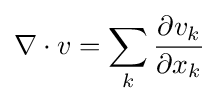
\nabla \cdot v=\sum _{k}{\frac {\partial v_{k}}{\partial x_{k}}}